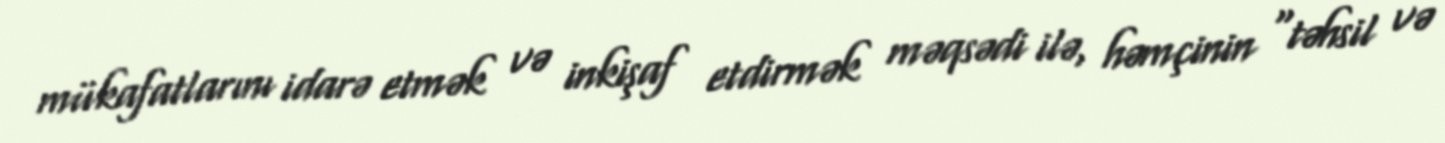
mükafatlarını idarə etmək və inkişaf etdirmək məqsədi ilə, həmçinin "təhsil və